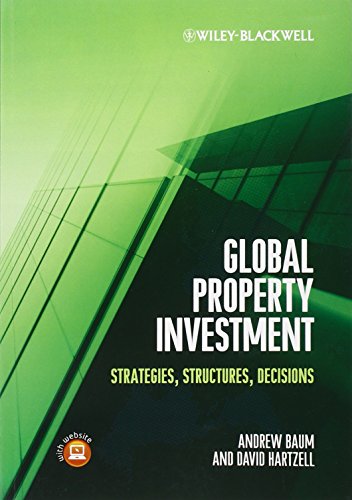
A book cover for Global Property Investment: Strategies, Structures, Decisions; Andrew E. Baum; Business & Money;